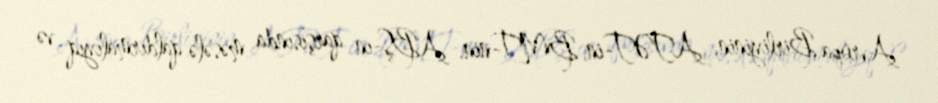
Avropa Birliyinin, ATƏT-in, BMT-nin, ABŞ-ın qarşısında məsələ qaldırmalıyıq və